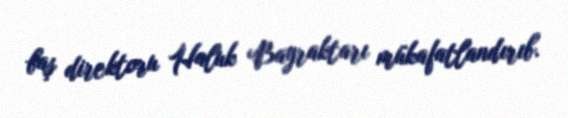
baş direktoru Haluk Bayraktarı mükafatlandırıb.